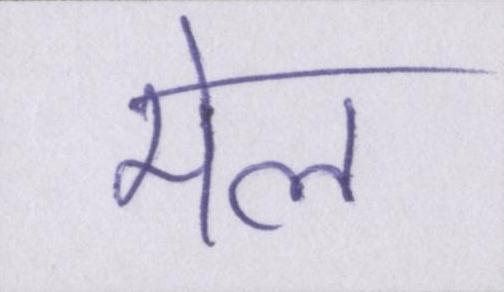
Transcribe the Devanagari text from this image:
मेल